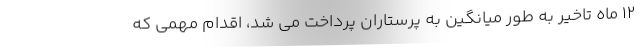
۱۲ ماه تاخیر به طور میانگین به پرستاران پرداخت می شد، اقدام مهمی که